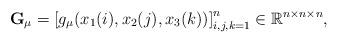
LaTeX: \begin{align*}{\bf G}_\mu = \left[g_\mu(x_1(i),x_2(j),x_3(k))\right]_{i,j,k=1}^n \in \mathbb{R}^{n\times n \times n},\end{align*}